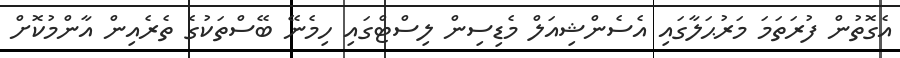
އެގޮތުން ފުރަތަމަ މަރުޙަލާގައި އެސެންޝިއަލް މެޑިސިން ލިސްޓްގައި ހިމެނޭ ބޭސްތަކުގެ ތެރެއިން އާންމުކޮށް